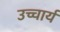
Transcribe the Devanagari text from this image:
उच्चार्य